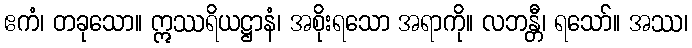
ဧကံ၊ တခုသော။ ဣဿရိယဋ္ဌာနံ၊ အစိုးရသော အရာကို။ လဘန္တီ၊ ရသော်။ အဿ၊